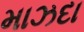
માઝદા